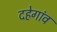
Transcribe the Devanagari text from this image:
दहेगांव